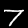
Digit: 7